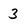
Character: 3